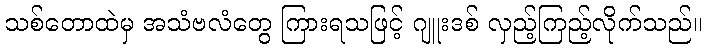
သစ်တောထဲမှ အသံဗလံတွေ ကြားရသဖြင့် ဂျူးဒစ် လှည့်ကြည့်လိုက်သည်။